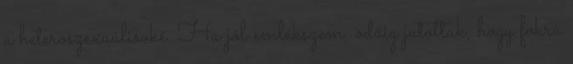
a heteroszexuálisoké. Ha jól emlékszem, odáig jutottak, hogy fokra